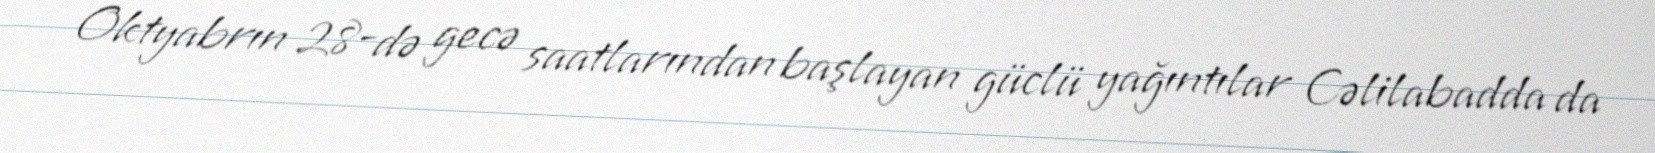
Oktyabrın 28-də gecə saatlarından başlayan güclü yağıntılar Cəlilabadda da